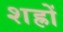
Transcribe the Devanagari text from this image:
शह्रों